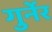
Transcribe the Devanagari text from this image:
गुर्नेर